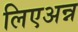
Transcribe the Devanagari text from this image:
लिएअन्न